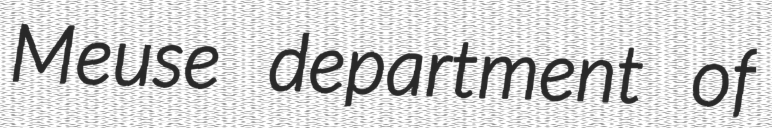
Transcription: Meuse department of